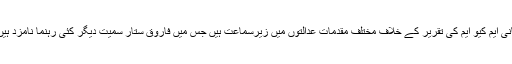
بانی ایم کیو ایم کی تقریر کے خلاف مختلف مقدمات عدالتوں میں زیرسماعت ہیں جس میں فاروق ستار سمیت دیگر کئی رہنما نامزد ہیں۔